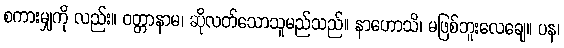
စကားမျှကို လည်း။ ဝတ္တာနာမ၊ ဆိုလတ်သောသူမည်သည်။ နာဟောသိ၊ မဖြစ်ဘူးလေချေ။ ပန၊